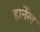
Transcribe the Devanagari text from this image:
हार्नेल